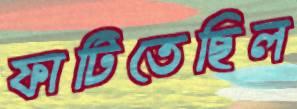
ফাটিতেছিল